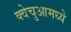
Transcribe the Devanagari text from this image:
क्वेचुआमध्ये